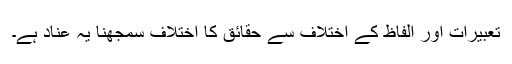
تعبیرات اور الفاظ کے اختلاف سے حقائق کا اختلاف سمجھنا یہ عناد ہے۔